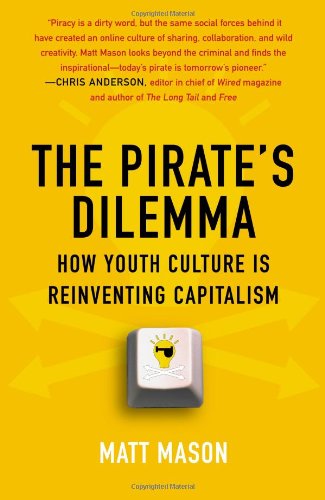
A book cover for The Pirate's Dilemma: How Youth Culture Is Reinventing Capitalism; Matt Mason; Business & Money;